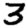
Digit: 3